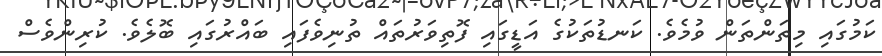
ކަމުގައި މިތަންތަން ވުމެވެ. ކަނޑުތަކުގެ އަޑީގައި ފޮތިވަރުތައް ތުނިވެފައި ބައްރުގައި ބޮލެވެ. ކުރިންވެސް